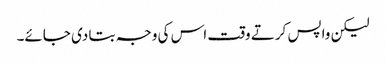
لیکن واپس کرتے وقت اس کی وجہ بتا دی جائے۔